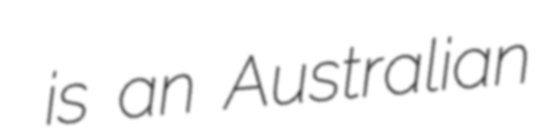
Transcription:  is an Australian